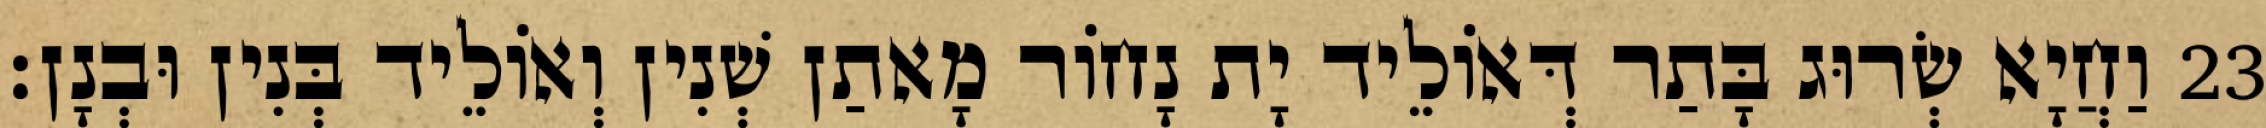
23 וַחֲיָא שְׂרוּג בָּתַר דְּאוֹלֵיד יָת נָחוֹר מָאתַן שְׁנִין וְאוֹלֵיד בְּנִין וּבְנָן׃